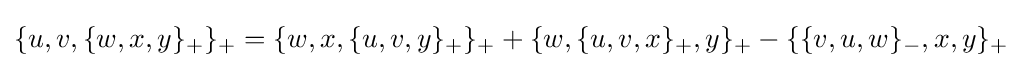
\{u,v,\{w,x,y\}_{+}\}_{+}=\{w,x,\{u,v,y\}_{+}\}_{+}+\{w,\{u,v,x\}_{+},y\}_{+}-\{\{v,u,w\}_{-},x,y\}_{+}